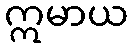
ဣမာယ